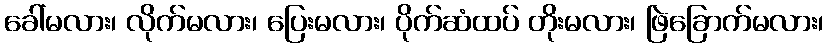
ခေါ်မလား၊ လိုက်မလား၊ ပြေးမလား၊ ပိုက်ဆံထပ် တိုးမလား၊ ဖြဲခြောက်မလား၊